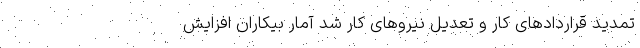
تمدید قرارداد‌های کار و تعدیل نیرو‌های کار شد آمار بیکاران افزایش